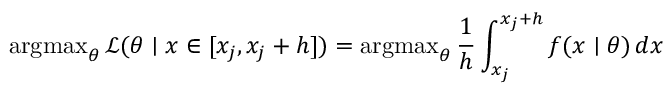
\operatorname { a r g m a x } _ { \theta } { \mathcal { L } } ( \theta \mid x \in [ x _ { j } , x _ { j } + h ] ) = \operatorname { a r g m a x } _ { \theta } { \frac { 1 } { h } } \int _ { x _ { j } } ^ { x _ { j } + h } f ( x \mid \theta ) \, d x